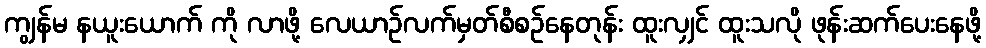
ကျွန်မ နယူးယောက် ကို လာဖို့ လေယာဉ်လက်မှတ်စီစဉ်နေတုန်း ထူးလျှင် ထူးသလို ဖုန်းဆက်ပေးနေဖို့